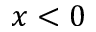
x < 0